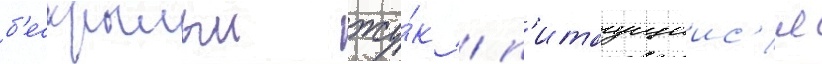
б'ескрылыи жу́к / п'итаущиис'я